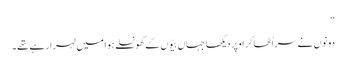
‘‘
دونوں نے سر اُٹھا کر اوپر دیکھا جہاں بیّوں کے گھونسلے ہوا میں لہرا رہے تھے۔